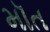
મૉત